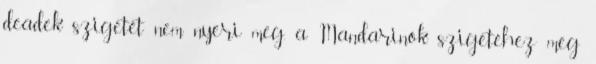
deadek szigetét nem nyeri meg, a Mandarinok szigetéhez meg